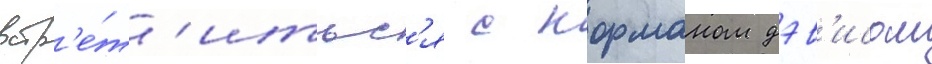
встр'е́т'итьс'я с норманом дэв'исом